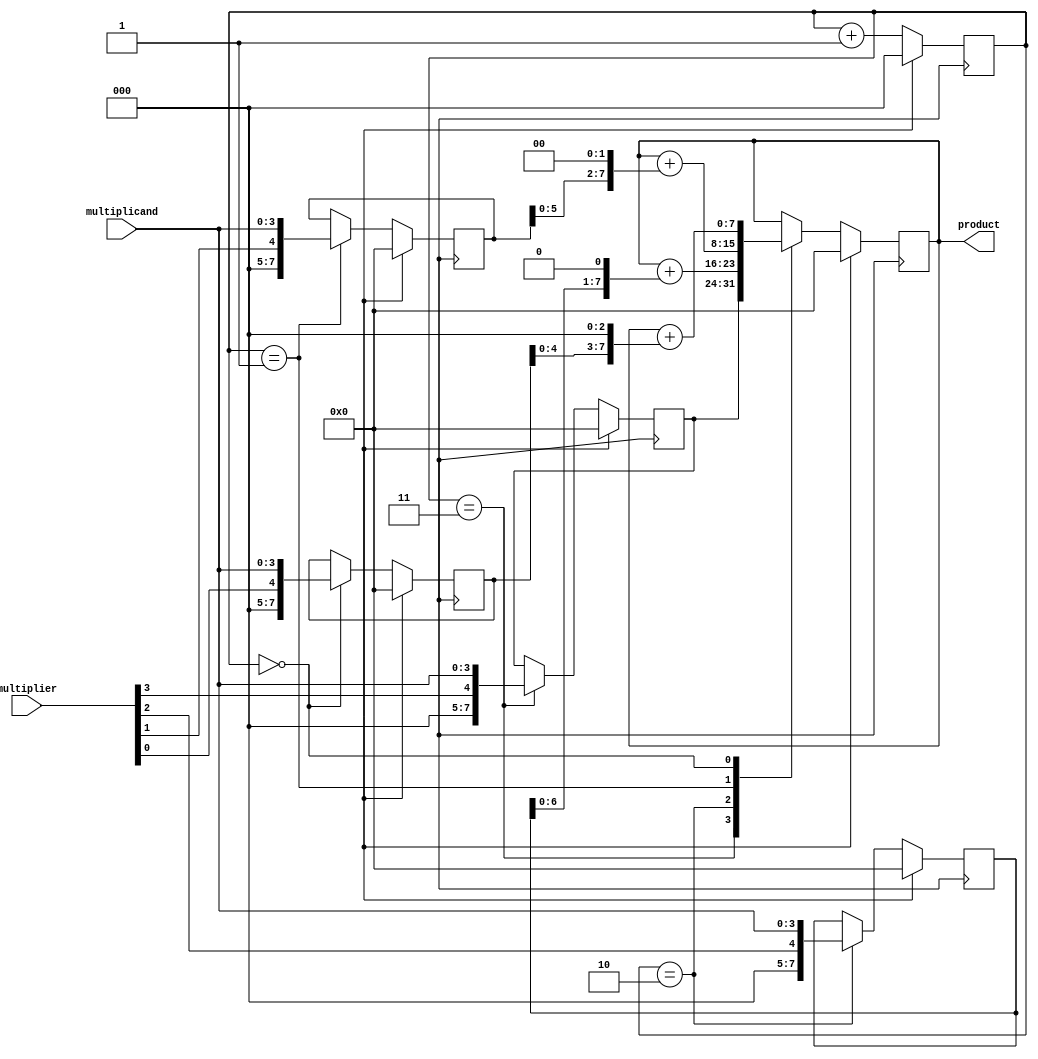
module booth_multiplier(
    input [3:0] multiplicand,
    input [3:0] multiplier,
    output reg [7:0] product
);

reg [7:0] partial_product[3:0];
reg [2:0] stage;

always @(posedge clk) begin
    if(reset) begin
        product <= 8'd0;
        stage <= 3'd0;
        partial_product[0] <= 8'd0;
        partial_product[1] <= 8'd0;
        partial_product[2] <= 8'd0;
        partial_product[3] <= 8'd0;
    end else begin
        case(stage)
            3: begin
                partial_product[3] <= {multiplier[3], multiplicand};
            end
            2: begin
                partial_product[2] <= {multiplier[2], multiplicand};
            end
            1: begin
                partial_product[1] <= {multiplier[1], multiplicand};
            end
            0: begin
                partial_product[0] <= {multiplier[0], multiplicand};
            end
        endcase

        case(stage)
            3: begin
                product <= partial_product[3];
            end
            2: begin
                product <= product + (partial_product[2] << 1);
            end
            1: begin
                product <= product + (partial_product[1] << 2);
            end
            0: begin
                product <= product + (partial_product[0] << 3);
            end
        endcase

        stage <= stage + 1;
    end
end

endmodule